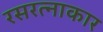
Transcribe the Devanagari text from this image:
रसरत्नाकार